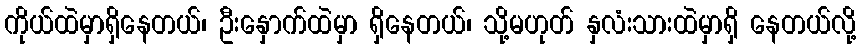
ကိုယ်ထဲမှာရှိနေတယ်၊ ဦးနှောက်ထဲမှာ ရှိနေတယ်၊ သို့မဟုတ် နှလံးသားထဲမှာရှိ နေတယ်လို့